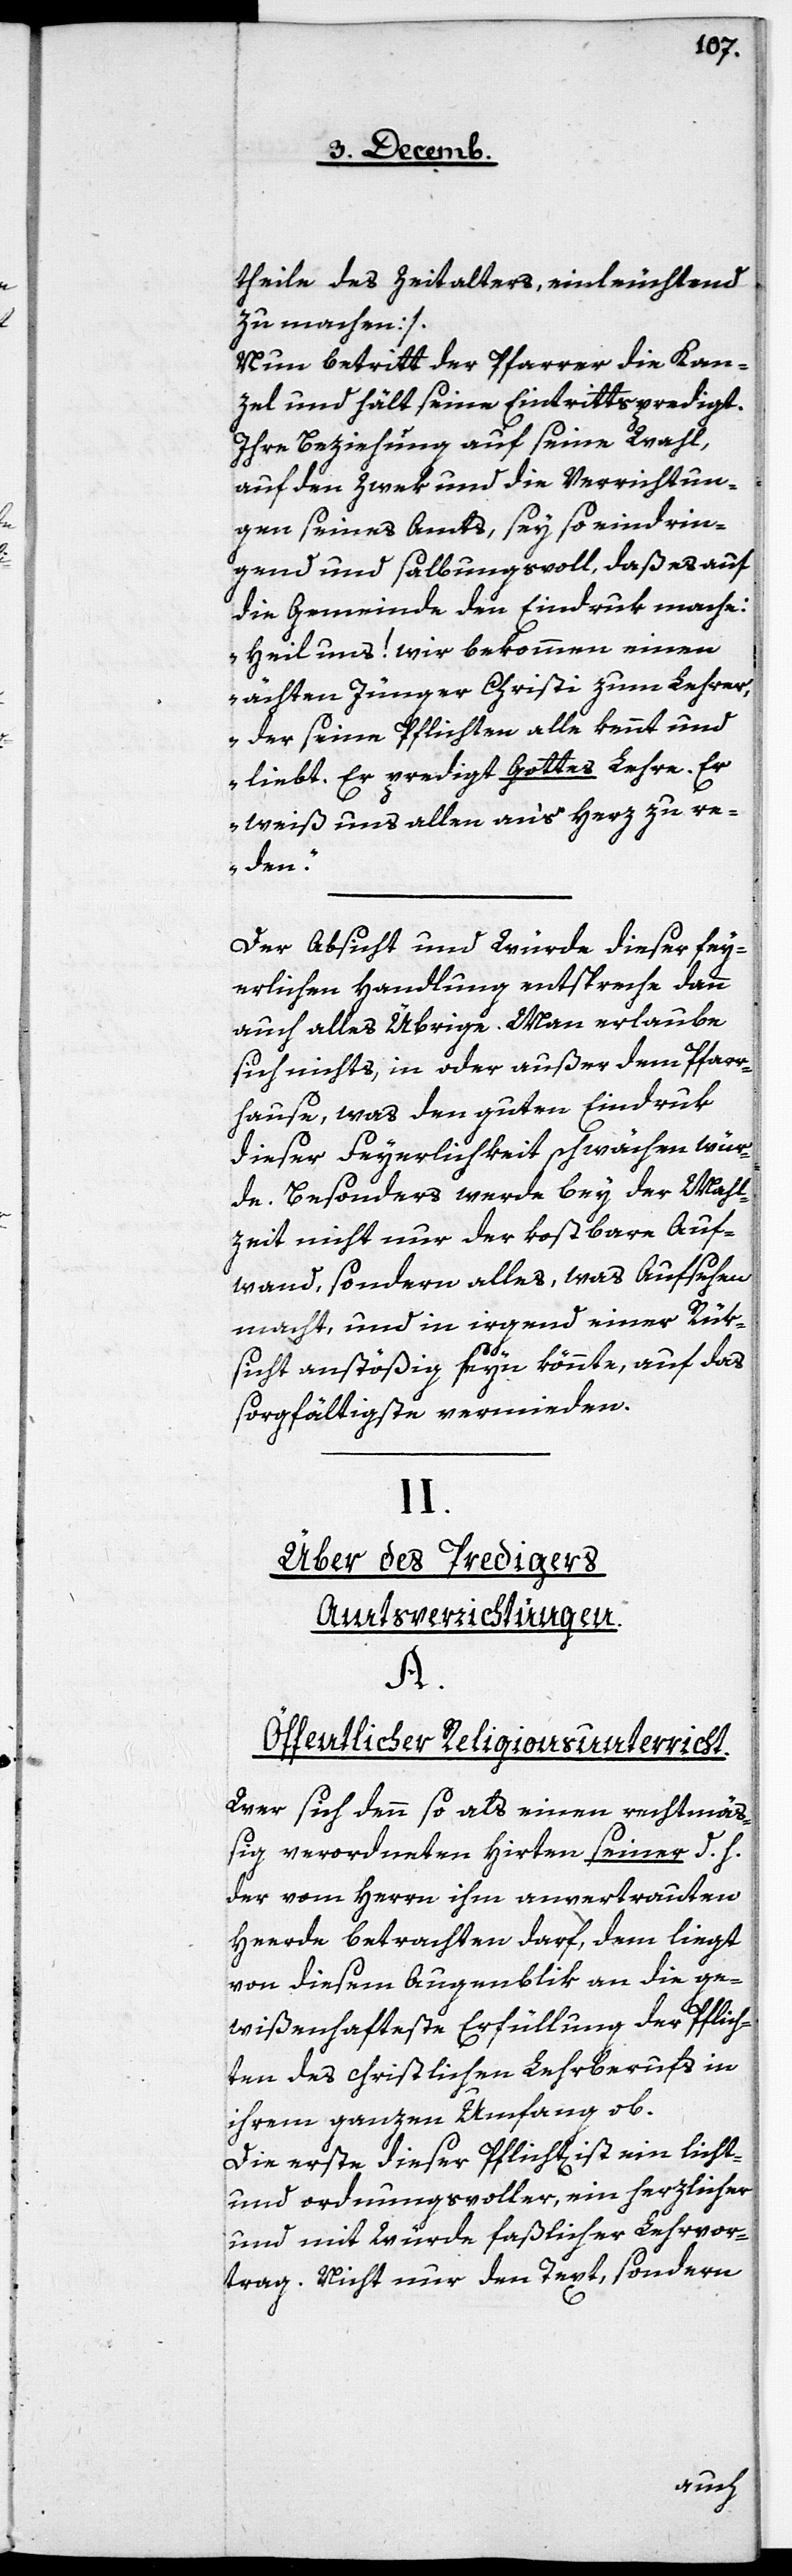
theile des Zeitalters, einleuchtend
zu machen].
Nun betritt der Pfarrer die Kan¬
zel und hält seine Eintrittspredigt.
Ihre Beziehung auf seine Wahl,
auf den Zwek und die Verrichtun¬
gen seines Amts, sey so eindrin¬
gend und salbungsvoll, daß es auf
die Gemeinde den Eindruk mache:
„Heil uns! Wir bekommen einen
ächten Jünger Christi zum Lehrer,
der seine Pflichten alle kennt und
liebt. Er predigt Gottes Lehre. Er
weiß uns allen an‘s Herz zu re¬
den.“
Der Absicht und Würde dieser fey¬
erlichen Handlung entspreche dann
auch alles Übrige. Man erlaube
sich nichts, in oder außer dem Pfarr¬
hause, was den guten Eindruk
dieser Feyerlichkeit schwächen wür¬
de. Besonders werde bey der Mahl¬
zeit nicht nur der kostbare Auf¬
wand, sondern alles, was Aufsehen
macht, und in irgend einer Rük¬
sicht anstößig seyn könnte, auf das
sorgfältigste vermieden.
II.
Über des Predigers
Amtsverrichtungen.
A.
Öffentlicher Religionsunterricht.
Wer sich denn so als einen rechtmäß¬
ig verordneten Hirten seiner, d. h.
der vom Herrn ihm anvertrauten
Herde betrachten darf, dem liegt
von diesem Augenblik an die ge¬
wißenhafteste Erfüllung der Pflich¬
ten des christlichen Lehrberufs in
ihrem ganzen Umfang ob.
Die erste dieser Pflicht ist ein licht-
und ordnungsvoller, ein herzlicher
und mit Würde faßlicher Lehrvor¬
trag. Nicht nur den Text, sondern